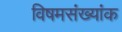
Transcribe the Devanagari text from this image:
विषमसंख्यांक